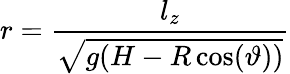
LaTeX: r=\frac{l_{z}}{\sqrt{g(H-R\cos(\vartheta))}}